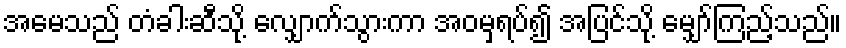
အမေသည် တံခါးဆီသို့ လျှောက်သွားကာ အဝမှရပ်၍ အပြင်သို့ မျှော်ကြည့်သည်။